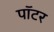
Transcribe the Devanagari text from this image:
पाॅटर